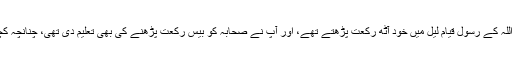
تمام روایات کو دیکھتے ہوئے اس بات پر اطمینان ہوتا ہے کہ اللہ کے رسول قیام لیل میں خود آٹھ رکعت پڑھتے تھے، اور آپ نے صحابہ کو بیس رکعت پڑھنے کی بھی تعلیم دی تھی، چنانچہ کچھ صحابہ آٹھ پڑھتے تھے، اور کچھ صحابہ بیس پڑھتے تھے۔